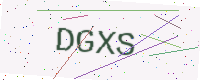
Text: DGXS